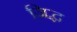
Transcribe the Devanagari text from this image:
जिद्ध